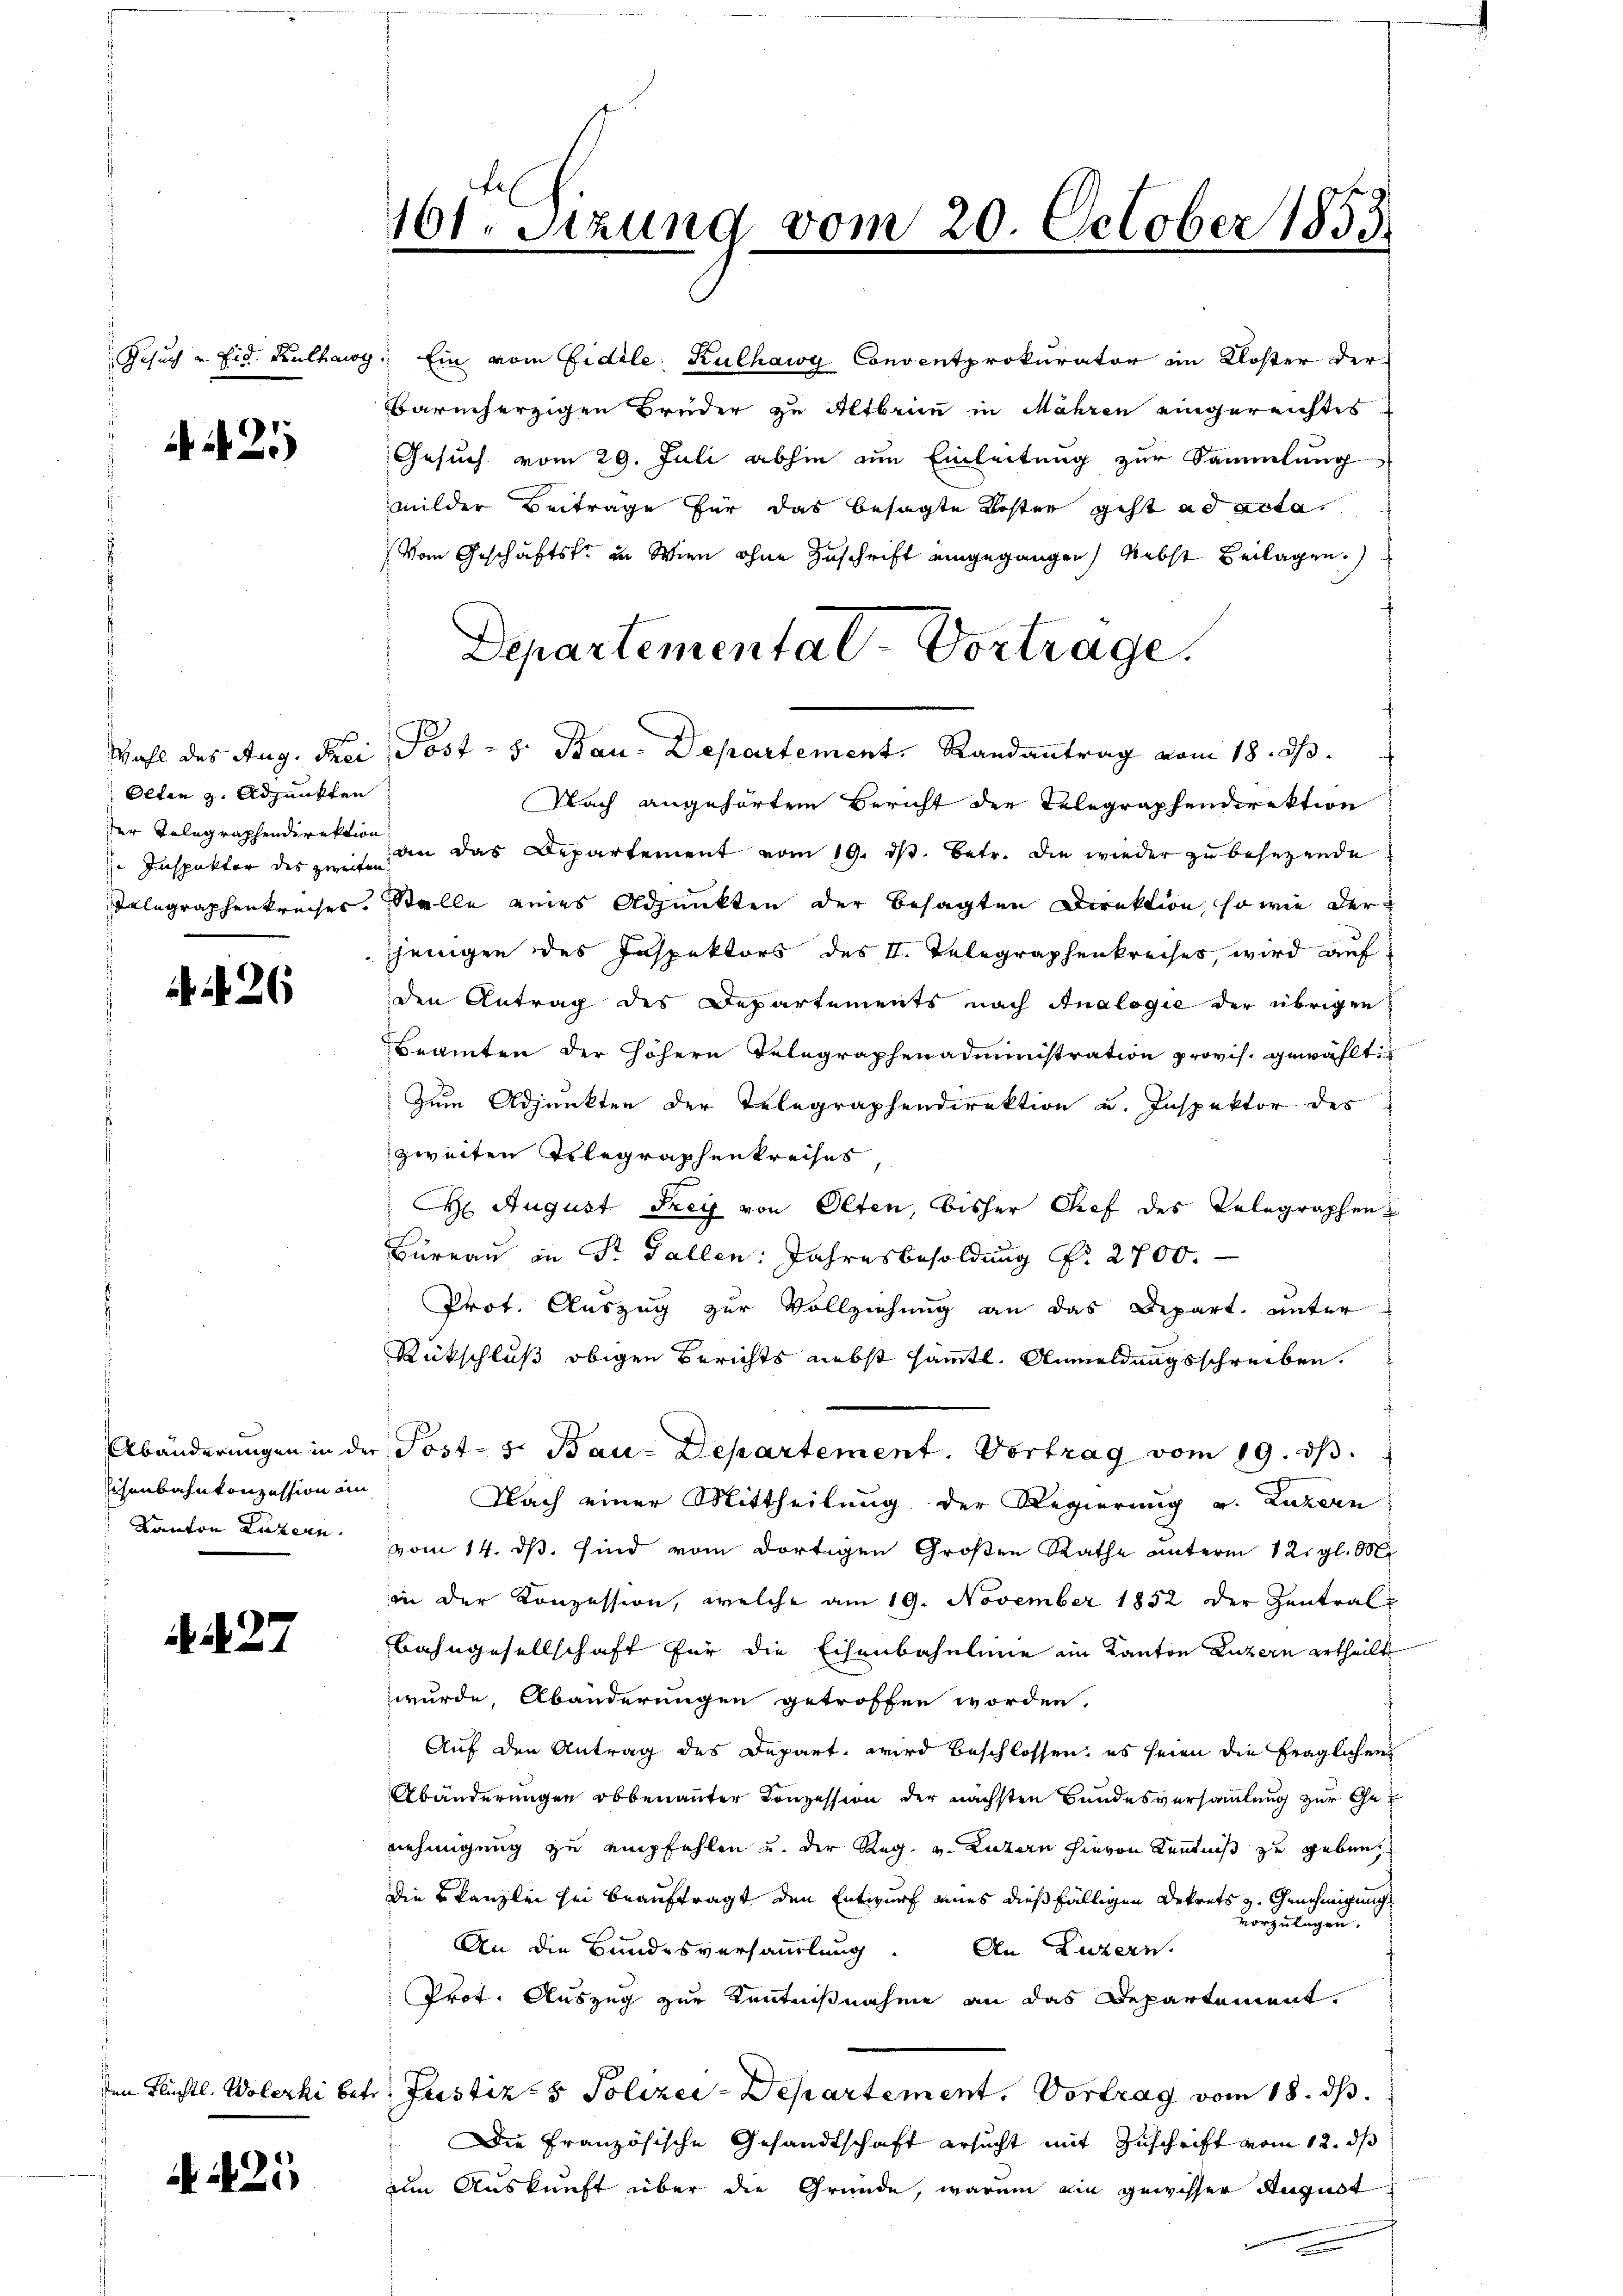
Gesuch u. Eid. Kucharg

25

Olten z. Adjunkten
der Telegraphendirektion

26

Abänderungen in der
isenbahnkonzession an
Kanton Luzern.

27

25

101. Setzung vom 20. October 1853

Ein vom Fidele Kulhawg Concentprokurator im Kloster der
Barmherzigen Brüder zu Altbrun in Mähren eingereichtes
Gesuch vom 29. Juli abhin im Einleitung zur Sammlung
milder Beiträge für das besagte Koster gest ad acta
Vom Geschäftsfr. in Wien ohne Zuschrift eingegangen, nebst Beilagen
Nach angehörtem Bericht der Telegraphendirektion
Inspektor des zeit an das Departement vom 19. ds. betr. die wieder zu besezende
Telegraphenkreises. Stelle eines Adjunkten der besagten Direktion, sowie der
sjenigen des Inspektors des II. Telegraphenkreises, wird aufden Antrag des Departements nach Analogie der übrigen
Beamten der höhern Telegraphenadministration provis. gewählt:
Zum Adjunkten der Telegraphendirektion u. Inspektor des
zweiten Telegraphenkreises
H August Frey von Olten, bisher Chef des Telegraphen¬
Büreau in Dr. Gallen: Jahresbesoldung Nr. 2700.
Prot. Auszug zur Vollziehung an das Depart. unter
Rütschluß obigen Berichts nebst sämtl. Anmeldungsschreiben.
u. Post- s. Bau-Departement. Vortrag vom 19. dβ.
Nach einer Mittheilung der Regierung v. Luzern
vom 14. ds. sind vom dortigen Großen Rathe unterm 12. gl. M
in der Konzession, welche am 19. November 1852 der Zentral
Bahngesellschaft für die Eisenbahnline im Kanton Luzern ertheilt
wurde, Abänderungen getroffen worden.
Auf den Antrag des Depart, wird beschlossen: es seien die fraglichen
Abänderungen obbenannter Konzession der nächsten Bundesversammlung zur Genehmigung zu empfehlen u. der Reg. v. Luzern hievon Kenntniß zu gebung
Die kanzlei sei beauftragt den Entwurf eines dießfälligen Dekrets z. Genehmigung
vorzulagen.
An die Bundesversammlung. An Luzern,
Prot. Auszug zur Kenntnißnahme an das Departement.
den Flüchtl. Wolczki betr. Justiz- & Polizei-Departement. Vortrag vom 18. ds.
Die Französische Gesandtschaft ersucht mit Zuschrift vom 12. ds
um Auskunft über die Gründe, warum ain gewisser August

Wahl des Aug. Frei Post - 5. Bau-Departement. Randantrag vom 18. d.

Departemental-Vortrage.